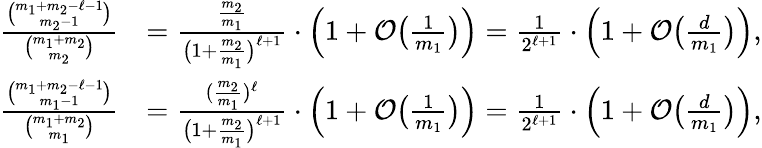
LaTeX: \begin{array}{rl}{\frac{\binom{m_{1}+m_{2}-\ell-1}{m_{2}-1}}{\binom{m_{1}+m_{2}}{m_{2}}}}&{=\frac{\frac{m_{2}}{m_{1}}}{\big(1+\frac{m_{2}}{m_{1}}\big)^{\ell+1}}\cdot\Big(1+\mathcal{O}\big(\textstyle{\frac{1}{m_{1}}}\big)\Big)=\frac{1}{2^{\ell+1}}\cdot\Big(1+\mathcal{O}\big(\textstyle{\frac{d}{m_{1}}}\big)\Big),}\\ {\frac{\binom{m_{1}+m_{2}-\ell-1}{m_{1}-1}}{\binom{m_{1}+m_{2}}{m_{1}}}}&{=\frac{(\frac{m_{2}}{m_{1}})^{\ell}}{\big(1+\frac{m_{2}}{m_{1}}\big)^{\ell+1}}\cdot\Big(1+\mathcal{O}\big(\textstyle{\frac{1}{m_{1}}}\big)\Big)=\frac{1}{2^{\ell+1}}\cdot\Big(1+\mathcal{O}\big(\textstyle{\frac{d}{m_{1}}}\big)\Big),}\end{array}